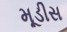
મૂડીસ